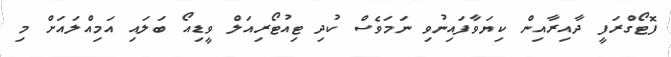
ފޮޓޯގްރަފީ ދާއިރާއިން ކިޔަވާފައިނުވި ނަމަވެސް ކުދި ޓިއުޓޯރިއަލް ވީޑިއޯ ބަލައި އަމިއްލައަށް މި